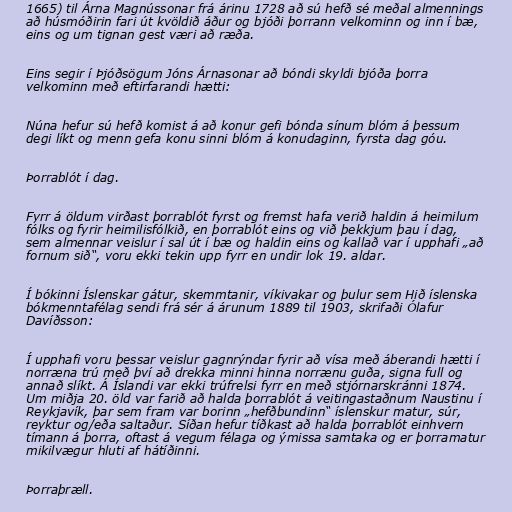
1665) til Árna Magnússonar frá árinu 1728 að sú hefð sé meðal almennings
að húsmóðirin fari út kvöldið áður og bjóði þorrann velkominn og inn í bæ,
eins og um tignan gest væri að ræða.

Eins segir í Þjóðsögum Jóns Árnasonar að bóndi skyldi bjóða þorra
velkominn með eftirfarandi hætti:

Núna hefur sú hefð komist á að konur gefi bónda sínum blóm á þessum
degi líkt og menn gefa konu sinni blóm á konudaginn, fyrsta dag góu.

Þorrablót í dag.

Fyrr á öldum virðast þorrablót fyrst og fremst hafa verið haldin á heimilum
fólks og fyrir heimilisfólkið, en þorrablót eins og við þekkjum þau í dag,
sem almennar veislur í sal út í bæ og haldin eins og kallað var í upphafi „að
fornum sið“, voru ekki tekin upp fyrr en undir lok 19. aldar.

Í bókinni Íslenskar gátur, skemmtanir, víkivakar og þulur sem Hið íslenska
bókmenntafélag sendi frá sér á árunum 1889 til 1903, skrifaði Ólafur
Davíðsson:

Í upphafi voru þessar veislur gagnrýndar fyrir að vísa með áberandi hætti í
norræna trú með því að drekka minni hinna norrænu guða, signa full og
annað slíkt. Á Íslandi var ekki trúfrelsi fyrr en með stjórnarskránni 1874.
Um miðja 20. öld var farið að halda þorrablót á veitingastaðnum Naustinu í
Reykjavík, þar sem fram var borinn „hefðbundinn“ íslenskur matur, súr,
reyktur og/eða saltaður. Síðan hefur tíðkast að halda þorrablót einhvern
tímann á þorra, oftast á vegum félaga og ýmissa samtaka og er þorramatur
mikilvægur hluti af hátíðinni.

Þorraþræll.